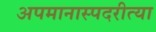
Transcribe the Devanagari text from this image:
अपमानास्पदरीत्या